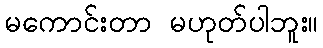
မကောင်းတာ မဟုတ်ပါဘူး။